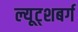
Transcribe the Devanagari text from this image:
ल्यूट्शबर्ग